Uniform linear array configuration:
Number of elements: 48
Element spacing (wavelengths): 0.75
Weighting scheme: cosine
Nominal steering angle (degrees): -45
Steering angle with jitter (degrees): -45.394
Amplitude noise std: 0.05
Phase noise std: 0.05

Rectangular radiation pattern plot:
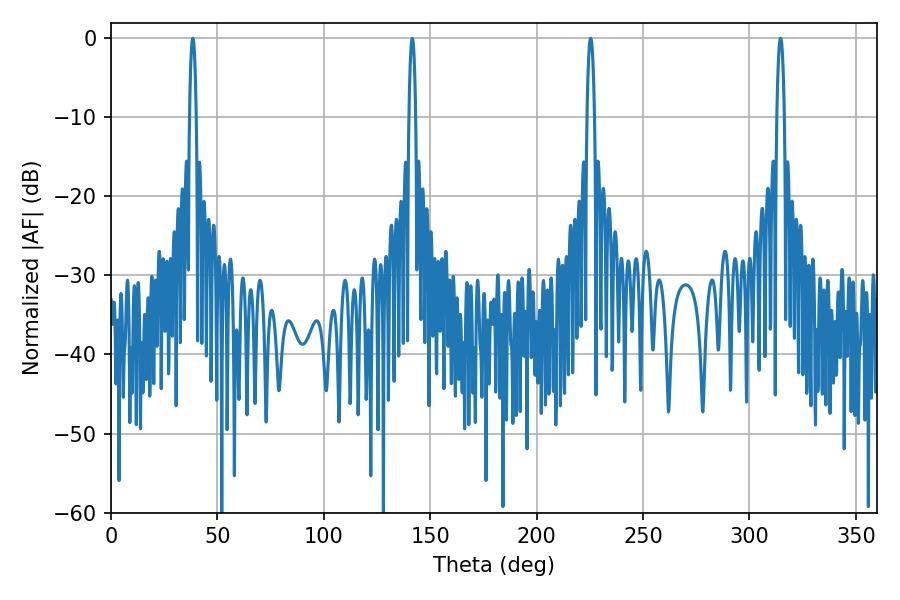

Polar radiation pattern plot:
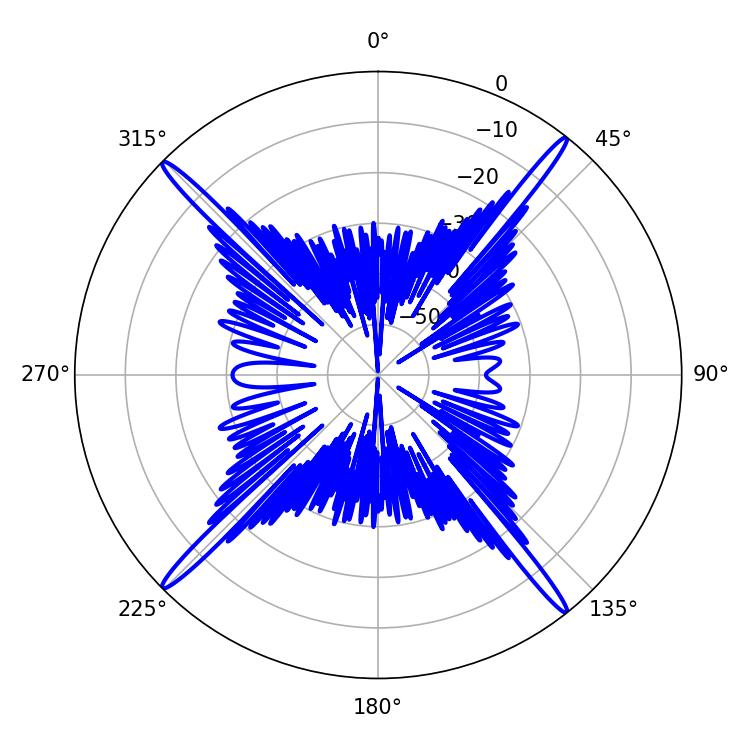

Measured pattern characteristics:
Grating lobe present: TRUE
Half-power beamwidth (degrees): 1.98
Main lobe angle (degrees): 225.36